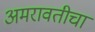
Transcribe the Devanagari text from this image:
अमरावतीचा